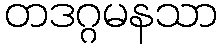
တဒဂ္ဂမနသာ